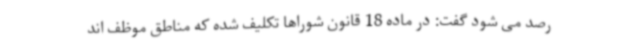
رصد می شود گفت: در ماده 18 قانون شوراها تکلیف شده که مناطق موظف اند